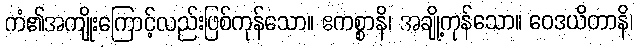
ကံ၏အကျိုးကြောင့်လည်းဖြစ်ကုန်သော။ ဧကစ္စာနိ၊ အချို့ကုန်သော။ ဝေဒယိတာနိ၊